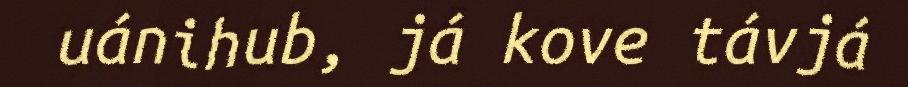
uánihub, já kove távjá